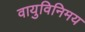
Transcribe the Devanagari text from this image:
वायुविनिमय